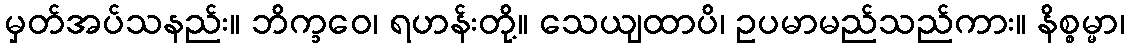
မှတ်အပ်သနည်း။ ဘိက္ခဝေ၊ ရဟန်းတို့။ သေယျထာပိ၊ ဥပမာမည်သည်ကား။ နိစ္စမ္မာ၊